Lunatic asylums Punjab 1895-1910 - 1895-1910
Year: 1895
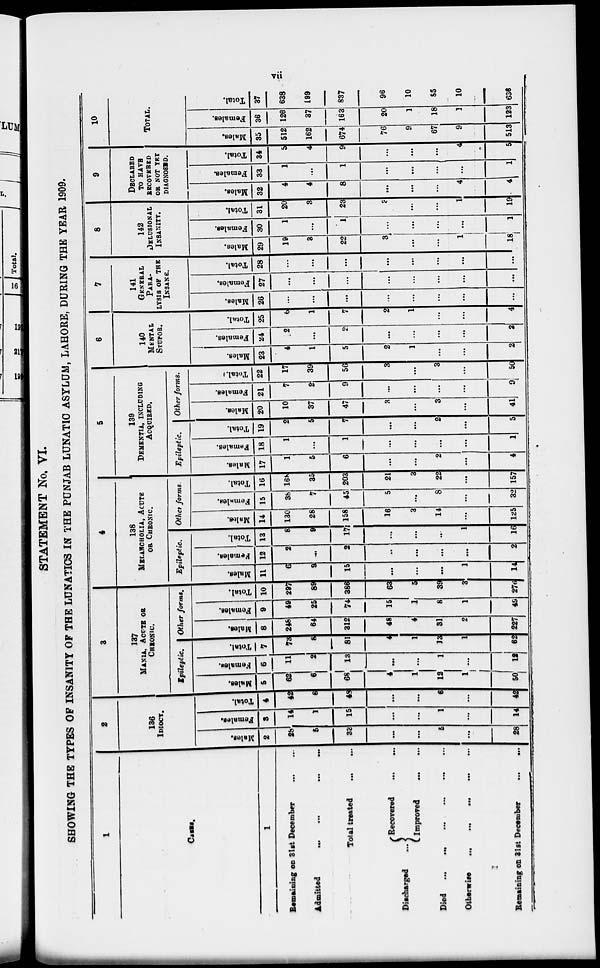
vii
STATEMENT No. VI.
SHOWING THE TYPES OF INSANITY OF THE LUNATICS IN THE PUNJAB LUNATIC ASYLUM, LAHORE, DURING THE YEAR 1909.
1
CASES.
1
Remaining on 31st December ... ...
Admitted... ... ... ...
Total treated ... ...
Recovered
...
...
Discharged
...
Improved
...
...
Died ... ... ...
...
... ...
Otherwise ... ... ... ... ... ...
Remaining on 31st December
...
...
2
136
IDIOCY.
Males.
2
28
5
33
...
...
5
...
28
Females.
3
14
1
15
...
...
1
...
14
Total.
4
42
6
48
...
...
6
...
42
3
137
MANIA, ACUTE OR
CHRONIC.
Epileptic
Males.
5
62
6
68
4
1
12
1
50
Females.
6
11
2
13
...
...
1
...
12
Total.
7
73
8
81
4
1
13
1
62
Other forms.
Males,
8
248
64
312
48
4
31
2
227
Females.
9
49
25
74
15
1
8
1
49
Total.
10
297
89
386
63
5
39
3
276
138
MELANCHOLIA, ACUTE
OR CHRONIC.
Eplieptic.
Males.
11
6
9
15
...
...
...
1
14
Females.
12
2
...
2
...
...
...
...
2
Total.
13
8
9
17
...
...
...
1
16
Other forms.
Males.
14
130
28
158
16
3
14
...
125
Females.
15
36
7
45
5
...
8
...
32
Total.
16
168
35
203
21
3
22
...
157
5
139
DEMENTIA, INCLUDING
ACQUIRED.
Epileptic.
Males.
17
1
5
6
...
...
2
...
4
Females.
18
1
...
1
...
...
...
...
1
Total.
19
2
5
7
...
...
2
...
5
Other forms.
Males.
20
10
37
47
3
...
3
...
41
Females.
21
7
2
9
...
...
...
...
9
Total.
22
17
39
56
3
...
3
...
50
6
140
MENTAL
STUPOR.
Males.
23
4
1
5
2
1
...
...
2
Females.
24
2
...
2
...
...
...
...
2
Total.
25
6
l
7
2
1
...
...
4
7
141
GENERAL
PARA-
----- OF THE
INSANE.
Males.
26
...
...
...
...
...
...
...
...
Females.
27
...
...
...
...
...
...
...
...
Total.
28
...
...
...
...
...
...
...
...
8
142
DELUSIONAL
INSANITY.
Males.
29
19
3
22
3
...
...
1
18
Females.
30
1
...
1
...
...
...
...
1
Total.
31
20
3
23
3
...
...
1
19
9
DECLARED
TO HAVE
RECOVERED
OR NOT YET
DIAGNOSED.
Males.
32
4
4
8
...
...
...
4
4
Females.
33
1
...
1
...
...
...
...
1
Total.
34
5
4
9
...
...
...
4
5
10
TOTAL.
Males.
35
512
162
674
76
9
67
9
513
Females.
36
126
37
163
20
1
18
1
123
Total.
37
638
199
837
96
10
85
10
636